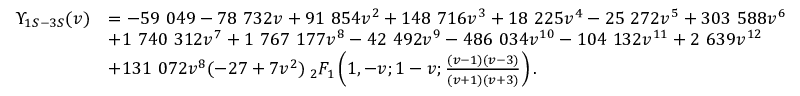
\begin{array} { r l } { \Upsilon _ { 1 S - 3 S } ( v ) } & { = - 5 9 ~ 0 4 9 - 7 8 ~ 7 3 2 v + 9 1 ~ 8 5 4 v ^ { 2 } + 1 4 8 ~ 7 1 6 v ^ { 3 } + 1 8 ~ 2 2 5 v ^ { 4 } - 2 5 ~ 2 7 2 v ^ { 5 } + 3 0 3 ~ 5 8 8 v ^ { 6 } } \\ & { + 1 ~ 7 4 0 ~ 3 1 2 v ^ { 7 } + 1 ~ 7 6 7 ~ 1 7 7 v ^ { 8 } - 4 2 ~ 4 9 2 v ^ { 9 } - 4 8 6 ~ 0 3 4 v ^ { 1 0 } - 1 0 4 ~ 1 3 2 v ^ { 1 1 } + 2 ~ 6 3 9 v ^ { 1 2 } } \\ & { + 1 3 1 ~ 0 7 2 v ^ { 8 } ( - 2 7 + 7 v ^ { 2 } ) \: _ { 2 } F _ { 1 } \left( 1 , - v ; 1 - v ; \frac { ( v - 1 ) ( v - 3 ) } { ( v + 1 ) ( v + 3 ) } \right) . } \end{array}